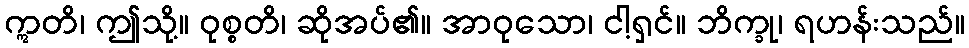
ဣတိ၊ ဤသို့။ ဝုစ္စတိ၊ ဆိုအပ်၏။ အာဝုသော၊ ငါ့ရှင်။ ဘိက္ခု၊ ရဟန်းသည်။